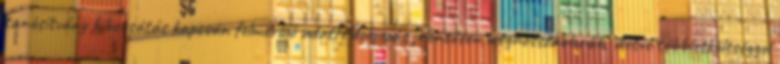
tanúsítvány kibocsátás kapcsán felmerülő adatfeldolgozás jelentősen meghosszabbodik, illetve többletköltséggel